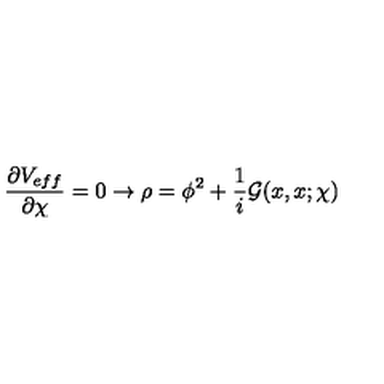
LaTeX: \frac { \partial V _ { e f f } } { \partial \chi } = 0 \rightarrow \rho = \phi ^ { 2 } + \frac { 1 } { i } { \cal G } ( x , x ; \chi )